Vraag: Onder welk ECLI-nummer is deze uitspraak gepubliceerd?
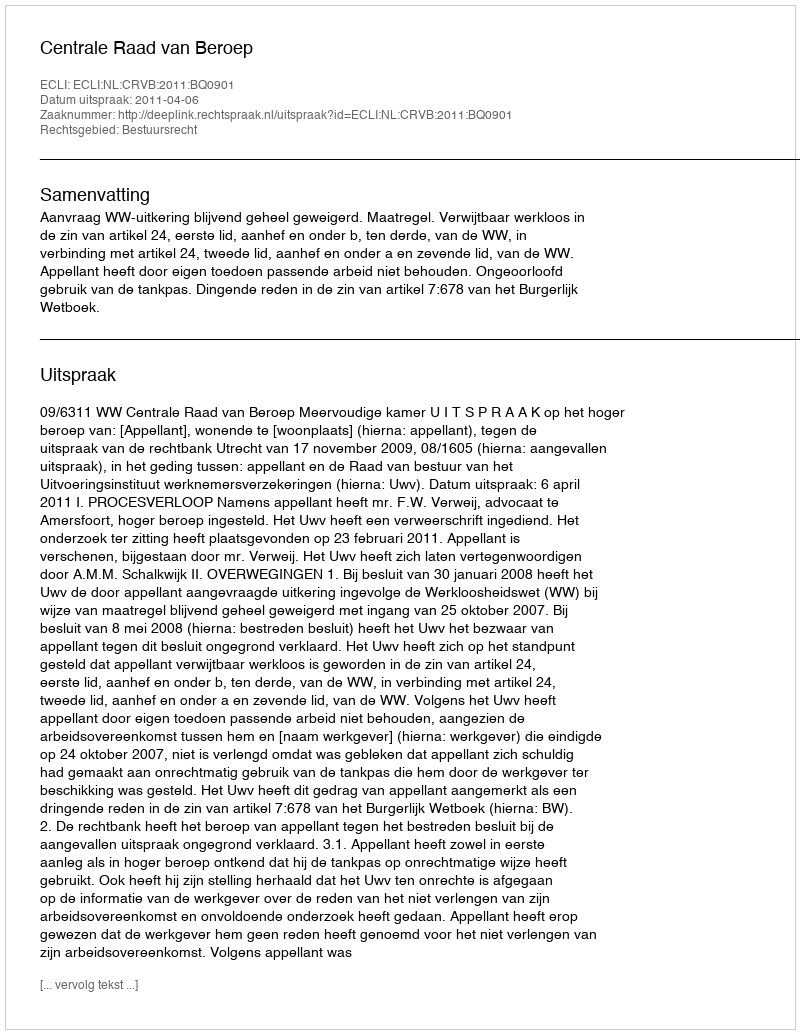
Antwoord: ECLI:NL:CRVB:2011:BQ0901